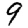
Digit: 9